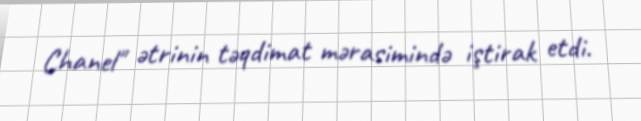
Chanel" ətrinin təqdimat mərasimində iştirak etdi.